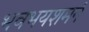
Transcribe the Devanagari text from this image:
भवभयशमनं